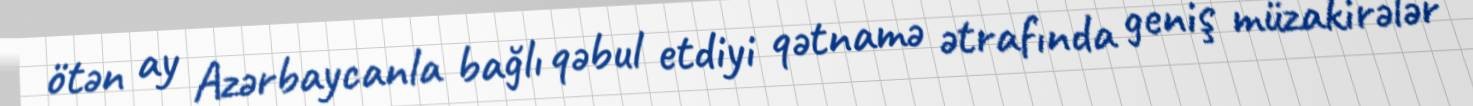
ötən ay Azərbaycanla bağlı qəbul etdiyi qətnamə ətrafında geniş müzakirələr